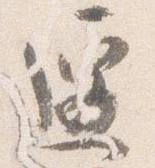
遷